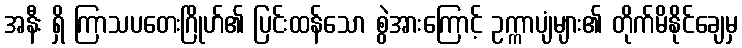
အနီး ရှိ ကြာသပတေးဂြိုဟ်၏ ပြင်းထန်သော စွဲအားကြောင့် ဥက္ကာပျံများ၏ တိုက်မိနိုင်ချေမှ